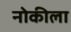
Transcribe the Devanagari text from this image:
नोकीला